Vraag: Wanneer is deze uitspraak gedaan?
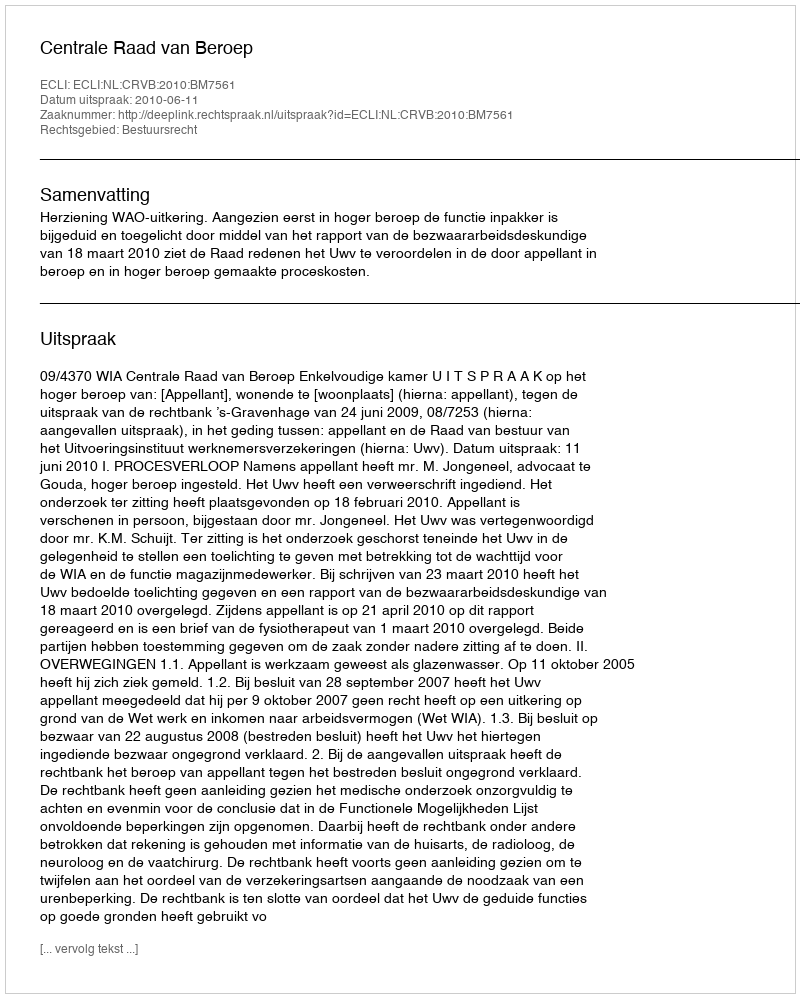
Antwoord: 2010-06-11